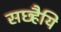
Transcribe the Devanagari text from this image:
सछ्हैयि